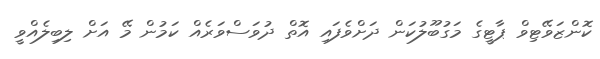
ކޮންޒަވޭޓިވް ޕާޓީގެ މަގުބޫލުކަން ދަށްވެފައި އޮތް ދުވަސްވަރެއް ކަމުން މޭ އަށް ލިބިލެއްވީ